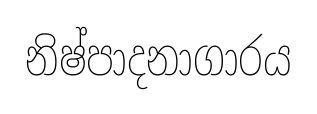
නිෂ්පාදනාගාරය